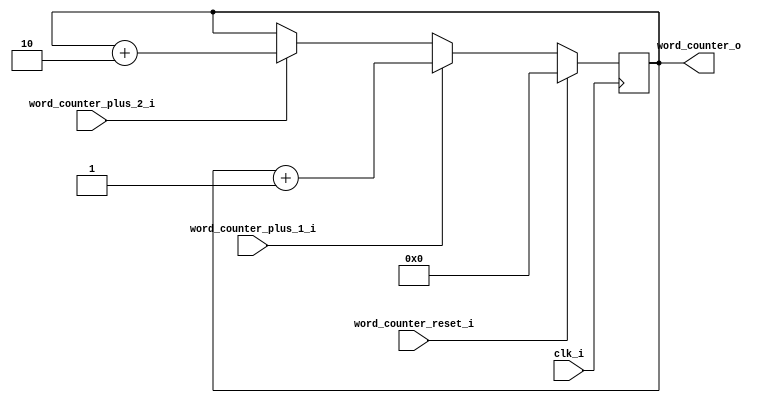
module word_counter (
	input clk_i,
	input word_counter_reset_i,
	input word_counter_plus_1_i,
	input word_counter_plus_2_i,
	
	output [3:0] word_counter_o
);

reg [3:0] word_counter_d, word_counter_q;
assign word_counter_o = word_counter_q;

always @(*) begin
	if (word_counter_reset_i == 1'b1)
		word_counter_d = 4'd0;
	else if (word_counter_plus_1_i == 1'b1)
		word_counter_d = word_counter_q + 4'd1;
	else if (word_counter_plus_2_i == 1'b1)
		word_counter_d = word_counter_q + 4'd2;
	else
		word_counter_d = word_counter_q;
end

always @(posedge clk_i) begin
	word_counter_q <= word_counter_d;
end

endmodule